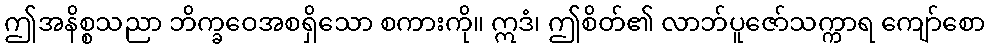
ဤအနိစ္စသညာ ဘိက္ခဝေအစရှိသော စကားကို။ ဣဒံ၊ ဤစိတ်၏ လာဘ်ပူဇော်သက္ကာရ ကျော်စော